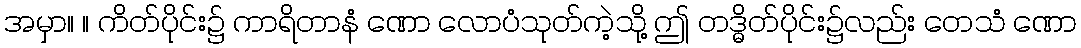
အမှာ။ ။ ကိတ်ပိုင်း၌ ကာရိတာနံ ဏော လောပံသုတ်ကဲ့သို့ ဤ တဒ္ဓိတ်ပိုင်း၌လည်း တေသံ ဏော